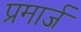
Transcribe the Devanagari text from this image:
प्रमार्ज